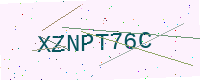
Text: XZNPT76C